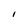
Character: l